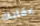
عقابك